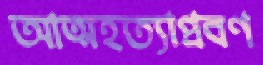
আত্মহত্যাপ্রবণ